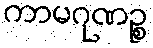
ကာမဂုဏဉ္စ